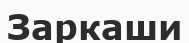
Заркаши